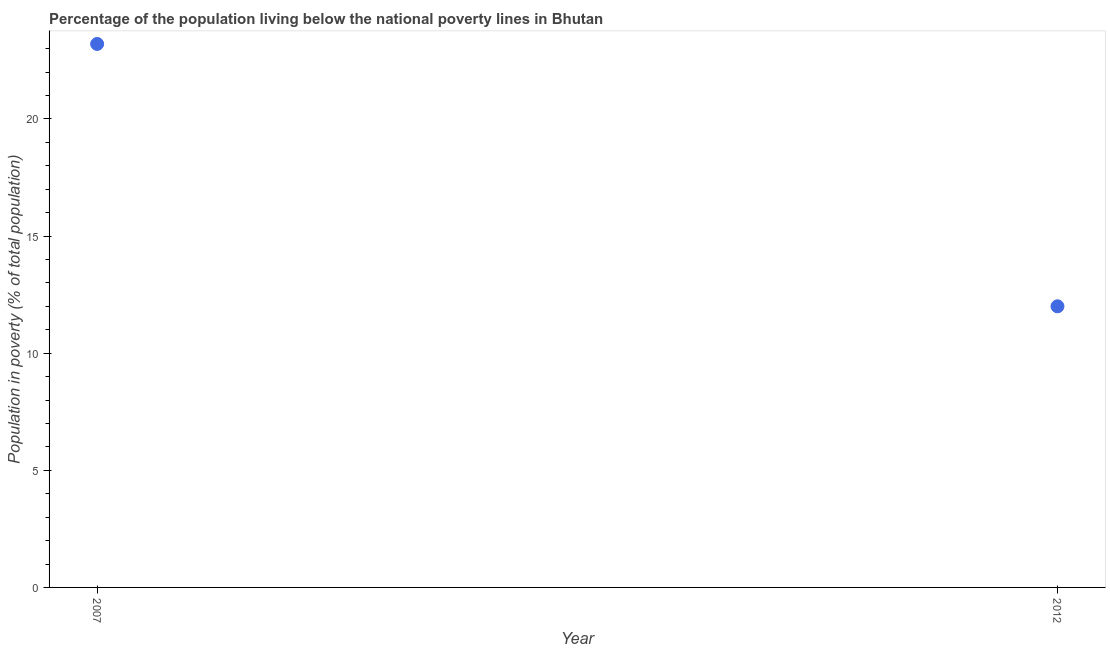
| Year | Poverty headcount ratio |
 | --- | --- |
 | 2007 | 23.2 |
 | 2012 | 12 |